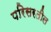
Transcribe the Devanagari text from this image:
परिसरतील